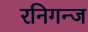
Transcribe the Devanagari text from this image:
रनिगन्ज